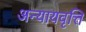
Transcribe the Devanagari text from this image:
अन्यायवृत्ति